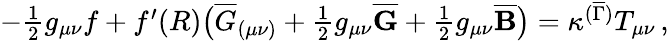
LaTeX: \begin{array}{r}{-\frac{1}{2}g_{\mu\nu}f+f^{\prime}(R)\bigl(\overline{{G}}_{(\mu\nu)}+\frac{1}{2}g_{\mu\nu}\overline{{\mathbf{G}}}+\frac{1}{2}g_{\mu\nu}\overline{{\mathbf{B}}}\bigr)=\kappa^{(\overline{{\Gamma}})}T_{\mu\nu}\, ,}\end{array}